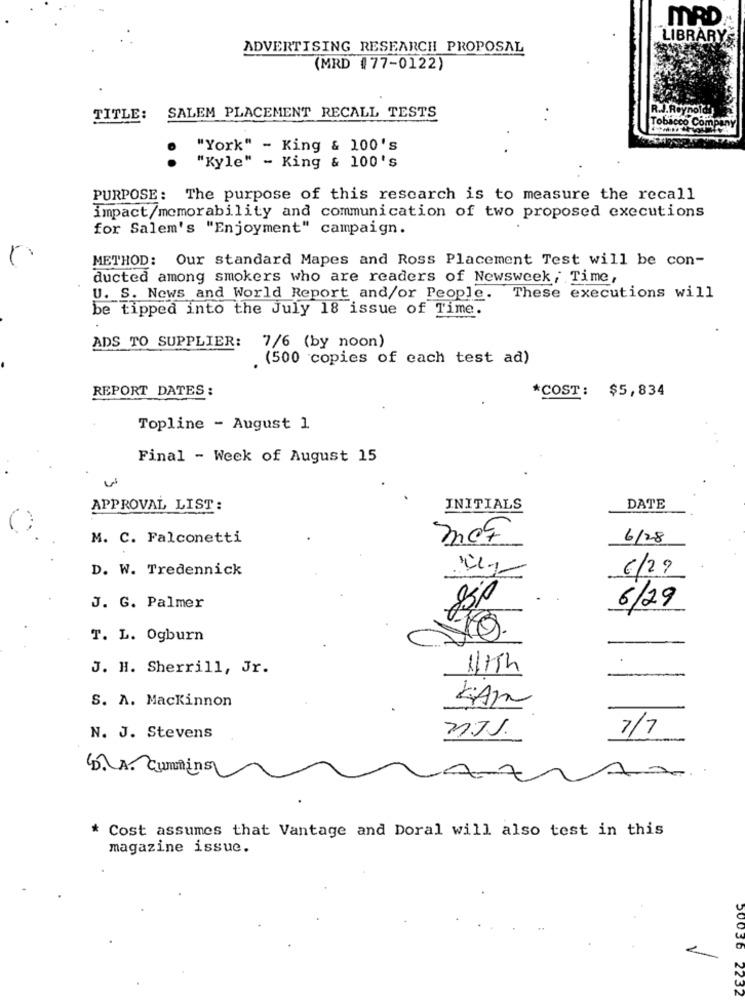
MRD
LIBRARY
ADVERTISING RESEARCH PROPOSAL
(MRD #77-0122)
R.J.Reynolds
TITLE:
SALEM PLACEMENT RECALL TESTS
Tobacco Compu
"York" - King & 100's
..
"Kyle" - King & 100's
PURPOSE: The purpose of this rescarch is to measure the recall
impact/memorability and communication of two proposed executions
for Salem's "Enjoyment" campaign.
METHOD: Our standard Mapes and Ross Placement Test will be con-
ducted among smokers who are readers of Newsweek; Time,
U. S. News and World Report and/or People. These executions will
be tipped into the July 18 issue of Time.
ADS TO SUPPLIER:
7/6 (by noon)
. (500 copies of each test ad)
REPORT DATES :
*COST:
$5,834
Topline - August 1
Final - Week of August 15
APPROVAL LIST:
INITIALS
DATE
M. C. Falconetti
6/28
D. W. Tredennick
6/2?
J. G. Palmer
6/29
T. L. Ogburn
J. H. Sherrill, Jr.
S. A. Mackinnon
KAI
7/7
N. J. Stevens
D.A. Cummins
7
Cost assumes that Vantage and Doral will also test in this
magazine issue.
50036
2232